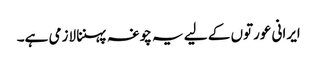
ایرانی عورتوں کے لیے یہ چوغہ پہننا لازمی ہے۔